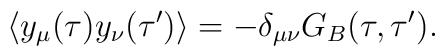
\langle y_\mu(\tau) y_\nu(\tau')\rangle=-\delta_{\mu\nu} G_B(\tau,\tau').